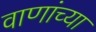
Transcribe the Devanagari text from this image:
वाणांच्या